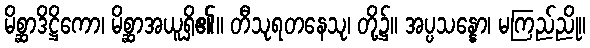
မိစ္ဆာဒိဋ္ဌိကော၊ မိစ္ဆာအယူရှိ၏။ တီသုရတနေသု၊ တို့၌။ အပ္ပသန္နော၊ မကြည်ညို။